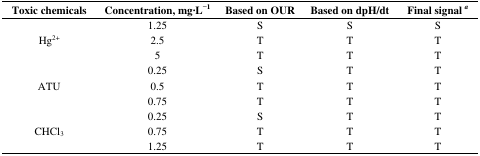
| Toxic chemicals | Concentration, mg·L−1 | Based on OUR | Based on dpH/dt | Final signala |
 | --- | --- | --- | --- | --- |
 | <ROWSPAN=3> Hg2+ | 1.25 | S | S | S |
 | 2.5 | T | T | T |
 | 5 | T | T | T |
 | <ROWSPAN=3> ATU | 0.25 | S | T | T |
 | 0.5 | T | T | T |
 | 0.75 | T | T | T |
 | <ROWSPAN=3> CHCl3 | 0.25 | S | T | T |
 | 0.75 | T | T | T |
 | 1.25 | T | T | T |